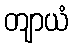
တျာယံ